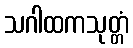
သဂါထကသုတ္တံ